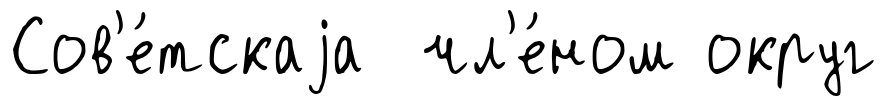
Сов'е́тскаjа чл'е́ном округ